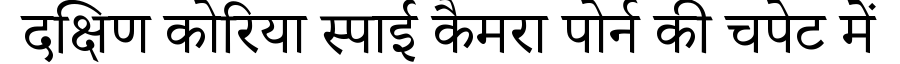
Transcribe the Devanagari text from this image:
दक्षिण कोरिया स्पाई कैमरा पोर्न की चपेट में